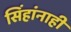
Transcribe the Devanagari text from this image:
सिंहांनाही